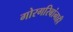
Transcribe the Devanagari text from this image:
गोरगरिबांनाही